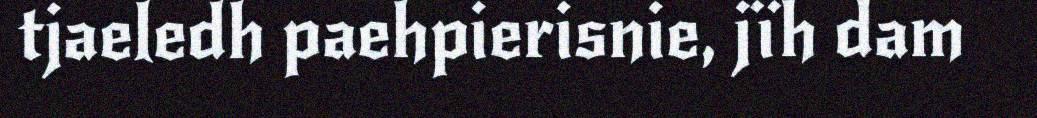
tjaeledh paehpierisnie, jïh dam